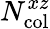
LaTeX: N_{\mathrm{col}}^{xz}